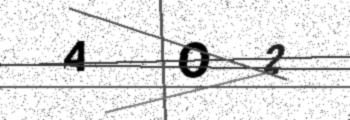
Text: AO2